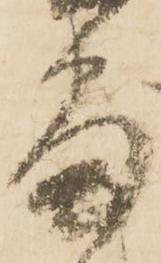
番